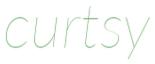
curtsy